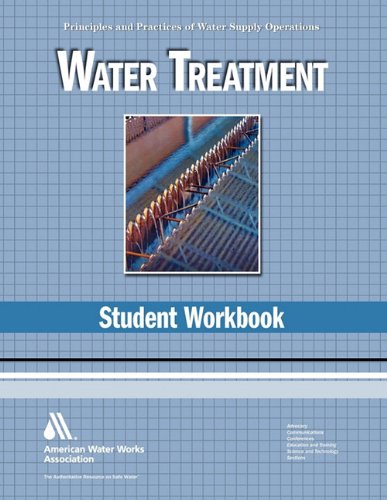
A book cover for Water Treatment WSO Student Workbook: Water Supply Operations; Nancy McTigue; Science & Math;